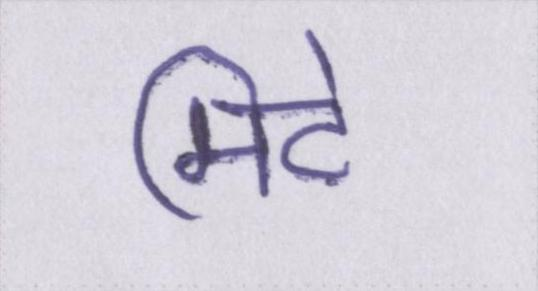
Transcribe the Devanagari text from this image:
मिटे